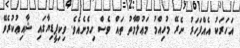
އަހަރަކު އެއްފަހަރު ނެރޭ މުހިއްމު މަޢުލޫމާތު ތައް ވެސް ހިމެނެއެވެ. ވިކިޕީޑިޔާގައި ޝާއިޢުކުރެވޭ